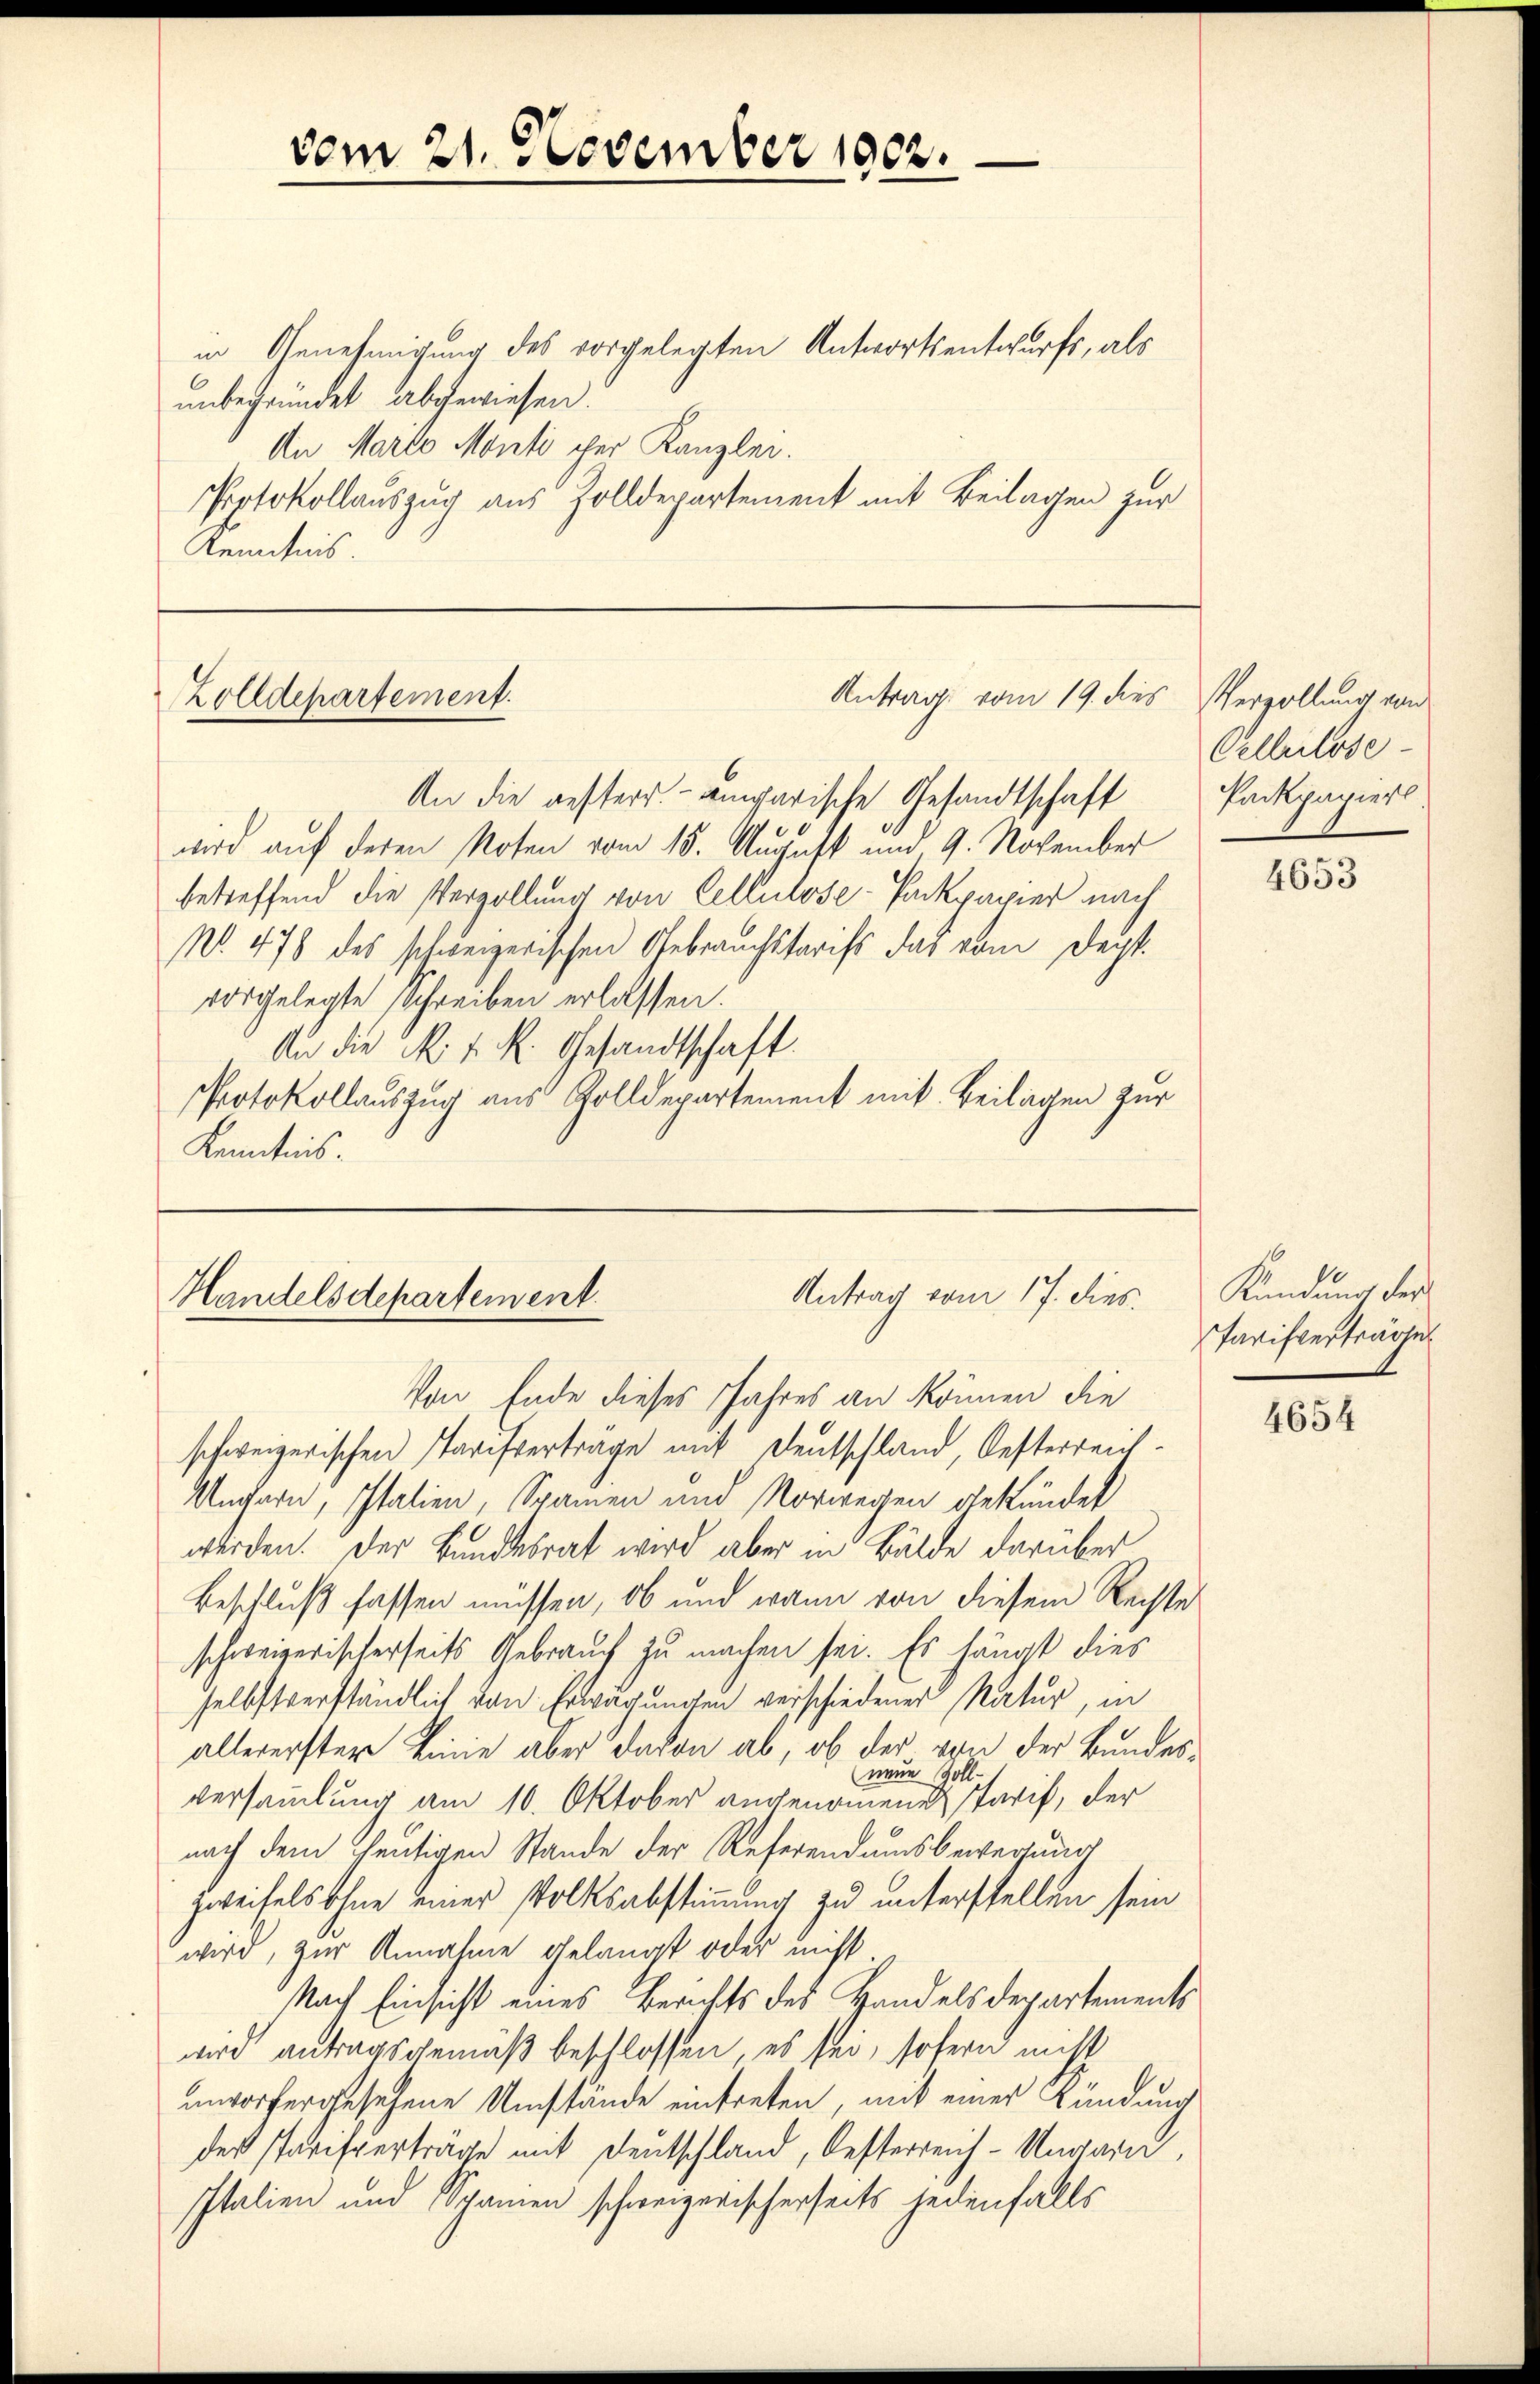
in Genehmigung des vorgelegten Antwortsentwurfs, als
unbegründet abgewiesen.
An Marco Monti cher Kanzlei
Protokollauszug aus Zolldepartement mit Beilagen zur
Kenntnis.

Antrag vom 19. dies
Zolldepartement.
An die gesterr.- angarische Gesandtschaft

vom 21. November 1902.

wird auf deren Noten vom 15. August und 9. November
betreffend die Verzöllung von Cellulose-Packpapier nach
No. 478 des schweizerischen Gebrauchstarifs das vom Deist.
vorgelegte Schreiben erlassen.
An die N. v. R. Gesandtschaft.
Protokollauszug aus Zolldepartement mit Beilagen zur
Kenntnis.

Antrag vom 17. dies
Handelsdepartement.

Von Ende dieses Jahres an können die
schweizerischen Tarifverträge mit Deutschland, Oesterreich-
Untern, Italien, Spanien und Vorwegen gekündet
werden. Der Bundesrat wird aber in Bälde darüber
Beschluß fassen müssen, ob und wann von diesem Rechte
schweizerischerseits Gebrauch zu machen sei. Es hängt dies
selbstverständlich von Erwägungen verschiedener Natur, in
allererster Linie aber davon ab, ob der von der Bundesneue Zoll-
versammlung am 10. Oktober angenommenen Tarif, der
nach dem heutigen Stande der Referendumsbewegung
Zweifels ohne einer Volksabstimmung zu unterstellen sein
wird, zur Annahme gelangt oder nicht,
Nach Einsicht eines Berichts des Handelsdepartements
wird antragsgemäß beschlossen, es sei, sofern nicht
unvorhergesehene Umstände eintreten, mit einer Kündung
der Parisverträge mit Deutschland, Oesterreich-Ungarn,
Italien und Spanien schweizerischerseits jedenfalls

Verzöllung von
Cellelose
Packpapiert

4653

Kündung des
Parifverträge

4654